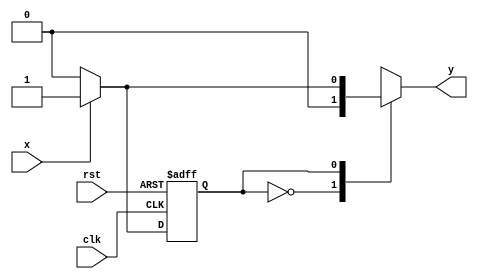

module mealy1 (
input clk,rst,x,
output reg y);

parameter a=1'b0 , b=1'b1;
reg cs,ns;

always @(posedge clk or negedge rst)
begin
if(rst==1'b0)   cs<=a;
else            cs<=ns;
end

always @(x or cs)
begin
case(cs)
a:begin 
  if(x==1) ns=b;
  else     ns=a;
  end
b:begin
  if(x==1)  ns=b;
  else      ns=a;
  end
endcase
end

always@(x or cs)
begin
case(cs)
a: y=0;
b: if(x==0) y=0;
   else     y=1;
endcase
end

endmodule